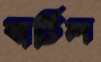
বার্টিল